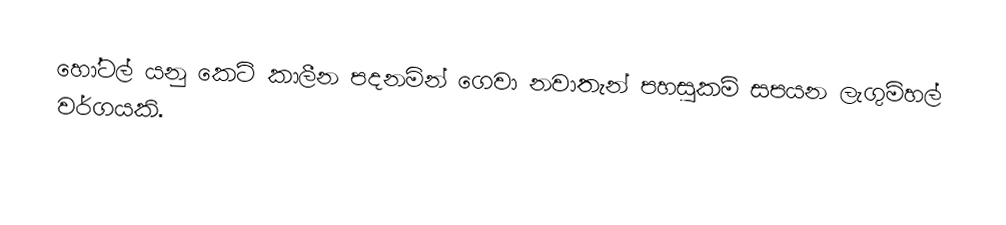
හෝටල් යනු කෙටි කාලීන පදනමින් ගෙවා නවාතැන් පහසුකම් සපයන ලැගුම්හල් වර්ගයකි.